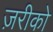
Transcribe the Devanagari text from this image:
ज़रीको